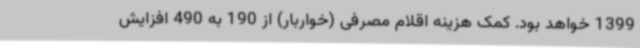
1399 خواهد بود. کمک هزینه اقلام مصرفی (خواربار) از 190 به 490 افزایش